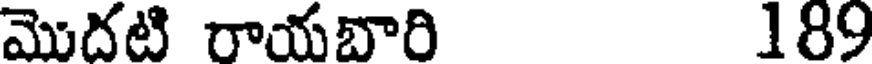
మొదటి రాయబారి 189